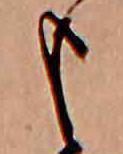
も